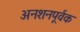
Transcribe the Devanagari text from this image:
अनशनपूर्वक